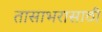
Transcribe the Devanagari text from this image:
तासाभरासाठी